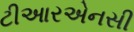
ટીઆરએનસી